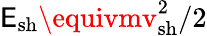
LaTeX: \mathsf{E}_{\mathrm{{sh}}}\equivmv_{\mathrm{{sh}}}^{2}/2